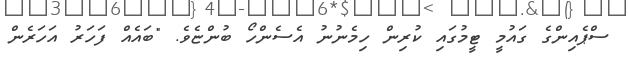
ސްޕެއިންގެ ގައުމީ ޓީމުގައި ކުރިން ހިމެނުނު އެސެންހޯ ބުންޏެވެ. "ބައެއް ފަހަރު އަހަރެން